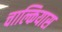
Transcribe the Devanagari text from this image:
चाल्कियास